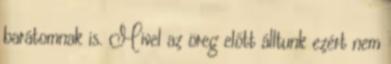
barátomnak is. Mivel az öreg előtt álltunk ezért nem